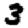
Digit: 3